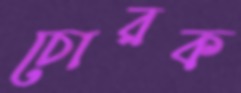
চোরক